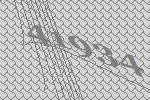
41934